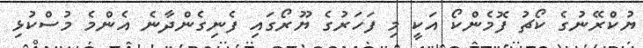
ޔުކްރޭނުގެ ކޯޗު ފޮމެންކޯ އަކީ މި ފަހަރުގެ ޔޫރޯގައި ފެނިގެންދާނެ އެންމެ މުސްކުޅި